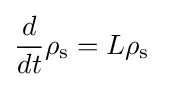
{\frac {d}{dt}}\rho _{\text{s}}={L}\rho _{\text{s}}~